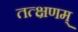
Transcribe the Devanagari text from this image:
तत्क्षणम्